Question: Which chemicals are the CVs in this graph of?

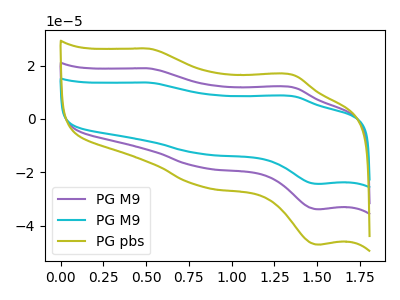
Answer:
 <answer>The purple curve is labeled "PG M9". The cyan curve is labeled "PG M9". The olive curve is labeled "PG pbs".</answer>
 <eval></eval>